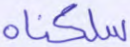
سلكناه